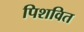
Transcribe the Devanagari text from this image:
पिशवित